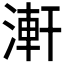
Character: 𣺕